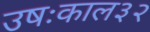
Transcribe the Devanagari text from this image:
उषःकाल३२